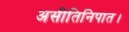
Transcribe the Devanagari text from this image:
असीतिनिपात।